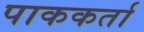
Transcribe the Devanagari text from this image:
पाककर्ता